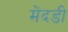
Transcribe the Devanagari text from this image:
मेंदडी